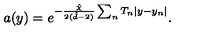
a ( y ) = e ^ { - \frac { \hat { \chi } } { 2 ( \hat { d } - 2 ) } \sum _ { n } T _ { n } | y - y _ { n } | } .